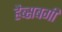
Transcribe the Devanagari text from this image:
हैब्सबर्गी